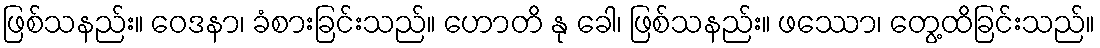
ဖြစ်သနည်း။ ဝေဒနာ၊ ခံစားခြင်းသည်။ ဟောတိ နု ခေါ၊ ဖြစ်သနည်း။ ဖဿော၊ တွေ့ထိခြင်းသည်။